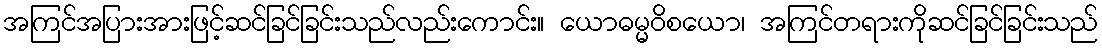
အကြင်အပြားအားဖြင့်ဆင်ခြင်ခြင်းသည်လည်းကောင်း။ ယောဓမ္မဝိစယော၊ အကြင်တရားကိုဆင်ခြင်ခြင်းသည်